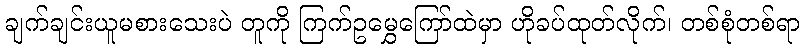
ချက်ချင်းယူမစားသေးပဲ တူကို ကြက်ဥမွှေကြော်ထဲမှာ ဟိုခပ်ထုတ်လိုက်၊ တစ်စုံတစ်ရာ